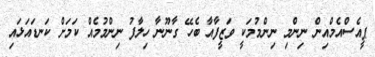
ޕީއެސްއެމްއިން ނިންމި ނިންމުމަކީ ވަޒީފާއާ ބެހޭ ގާނޫނާ ހިލާފު ނިންމުމެއް ކަމަށް ކަނޑައަޅައި